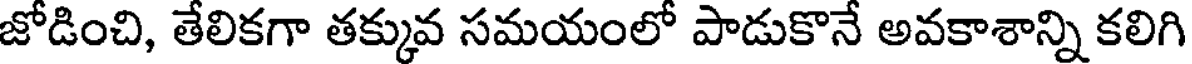
జోడించి, తేలికగా తక్కువ సమయంలో పాడుకొనే అవకాశాన్ని కలిగి